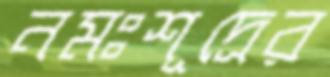
নমঃশূদ্রের